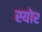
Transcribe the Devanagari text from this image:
स्योर